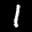
Label: 1